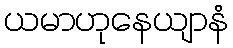
ယမာဟုနေယျာနံ